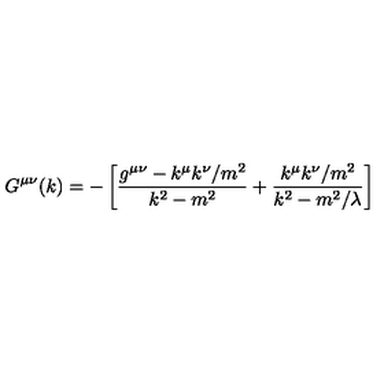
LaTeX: G ^ { \mu \nu } ( k ) = - \left[ \frac { g ^ { \mu \nu } - k ^ { \mu } k ^ { \nu } / m ^ { 2 } } { k ^ { 2 } - m ^ { 2 } } + \frac { k ^ { \mu } k ^ { \nu } / m ^ { 2 } } { k ^ { 2 } - m ^ { 2 } / \lambda } \right]